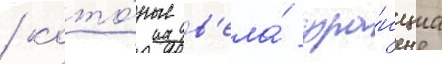
/ кото́рые в'ела́ фра́нциа